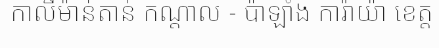
កាលីម៉ាន់តាន់ កណ្តាល - ប៉ាឡាំង ការ៉ាយ៉ា ខេត្ត